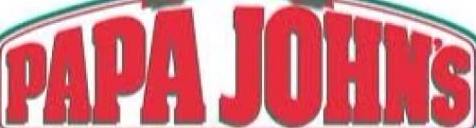
PAPA JOHN'S